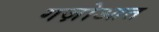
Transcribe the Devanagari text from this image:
गज़ोआत